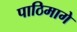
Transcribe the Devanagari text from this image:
पाठिमागे